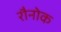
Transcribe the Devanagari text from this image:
रौनोक